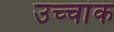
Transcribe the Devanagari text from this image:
उच्‍चांक